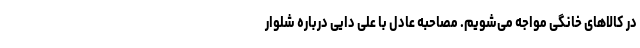
در کالاهای خانگی مواجه می‌شویم. مصاحبه عادل با علی دایی درباره شلوار